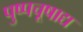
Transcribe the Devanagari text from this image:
पुष्पचूषाद्य